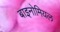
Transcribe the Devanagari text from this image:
बाइनोमियल